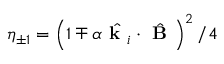
\eta _ { \pm 1 } = \left( 1 \mp \alpha \hat { \textbf { k } _ { i } } \cdot \hat { \textbf { B } } \right) ^ { 2 } / 4